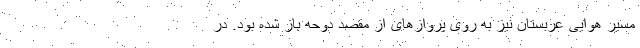
مسیر هوایی عربستان نیز به روی پروازهای از مقصد دوحه باز شده بود. در